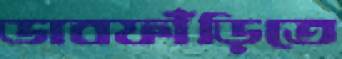
ডাবফাঁড়িতে